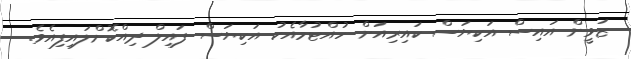
ޒަވީން އައިސް އަކިޔަސް ކައިރިއަށް ހުއްޓުމާއެކު އަކިޔަސް ފައިލް ދިއްކޮށްލައިފިއެވެ.